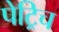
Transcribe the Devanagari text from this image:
पेट्रिच